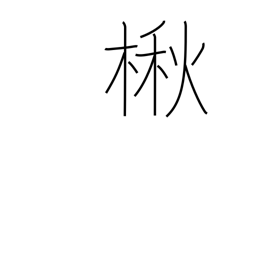
Meaning: Japanese catalpa